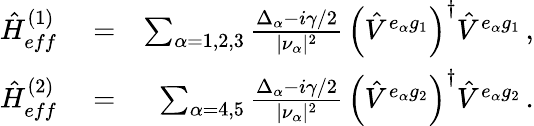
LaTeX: \begin{array}{rlr}{{\hat{H}}_{eff}^{(1)}}&{{}=}&{\sum_{\alpha=1,2,3}\frac{\Delta_{\alpha}-i\gamma/2}{|\nu_{\alpha}|^{2}}\, \left({\hat{V}}^{e_{\alpha}g_{1}}\right)^{\dagger}{\hat{V}}^{e_{\alpha}g_{1}}\, ,}\\ {{\hat{H}}_{eff}^{(2)}}&{{}=}&{\sum_{\alpha=4,5}\frac{\Delta_{\alpha}-i\gamma/2}{|\nu_{\alpha}|^{2}}\, \left({\hat{V}}^{e_{\alpha}g_{2}}\right)^{\dagger}{\hat{V}}^{e_{\alpha}g_{2}}\, .}\end{array}